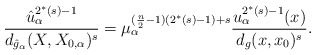
\begin{align*}\frac{\hat{u}_\alpha^{2^*(s)-1}}{d_{\hat{g}_\alpha}(X,X_{0,\alpha})^s} =\mu_\alpha^{({\frac{n}{2}-1})(2^*(s)-1)+s}\frac{u_\alpha^{2^*(s)-1}(x)}{d_g(x,x_0)^s}.\end{align*}